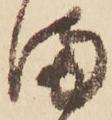
ま